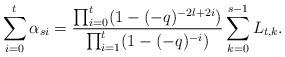
LaTeX: \begin{align*}\sum_{i=0}^{t}\alpha_{si}=\dfrac{\prod_{i=0}^{t}(1-(-q)^{-2l+2i})}{\prod_{i=1}^{t}(1-(-q)^{-i})}\sum_{k=0}^{s-1}L_{t,k}.\end{align*}